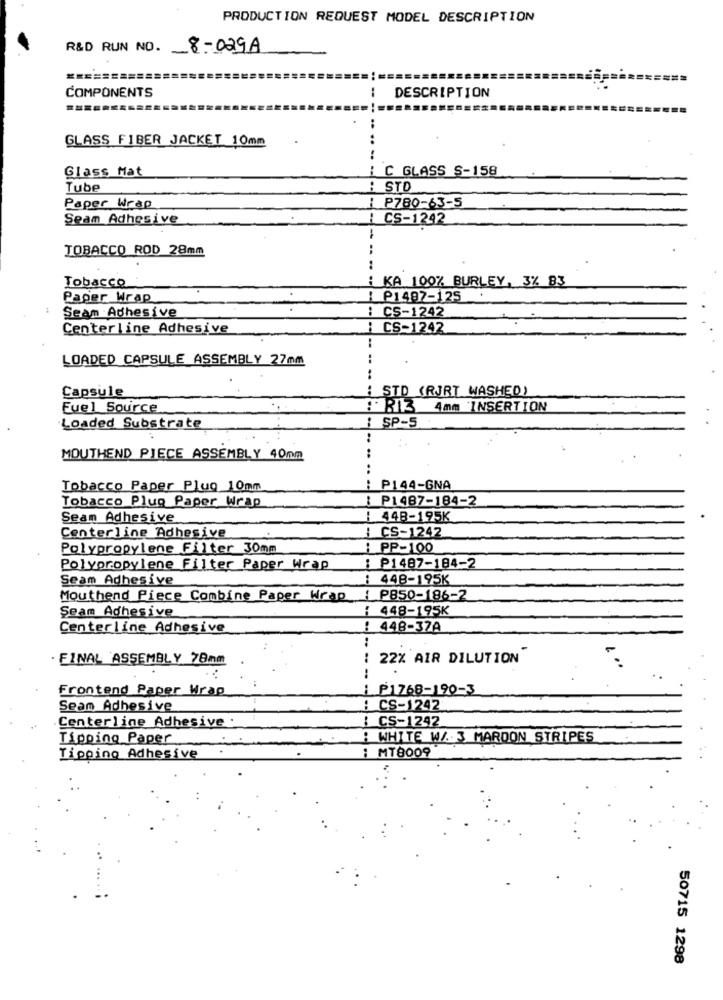
PRODUCTION REQUEST MODEL DESCRIPTION
R&D RUN NO. 8-029A
=========
COMPONENTS
DESCRIPTION
:
GLASS FIBER JACKET 10mm
...
Glass Mat
i C GLASS S-158
Tube
: STO
Paper Wrap
P780-63-5
Seam Adhesive
1 CS-1242
TOBACCO ROD 28mm
Tobacco
KA 100% BURLEY, 3% 83
Paper Wrap
: P1497-125
Seam Adhesive
: CS-1242
Centerline Adhesive
CS-1242
LOADED CAPSULE ASSEMBLY 27mm
: STD (RJRT WASHED)
Capsule
Fuel Source
RIZ 4mm INSERTION
Loaded Substrate
1 SP-5
..
MOUTHEND PIECE ASSEMBLY 40mm
..
Tobacco Paper Plug 10mm
P144-GNA
Tobacco Plug Paper Wrap
: P1487-184-2
Seam Adhesive
: 448-195K
Centerline Adhesive
: CS-1242
Polypropylene Filter 30mm
: PP-100
Polypropylene Filter Paper Wrap
: P1487-184-2
Seam Adhesive
: 448-195K
Mouthend Piece Combine Paper Wrap
:P850-186-2
Seam Adhesive
: 448-195K
Centerline Adhesive
: 448-37A
· FINAL ASSEMBLY 78mm
22% AIR DILUTION
....
Frontend Paper Wrap
P1768-190-3
Seam Adhesive
CS-1242
Centerline Adhesive .
CS-1242
Tipping Paper
: WHITE W/. J MAROON STRIPES
Tipping Adhesive
: MT8009
50715 1298